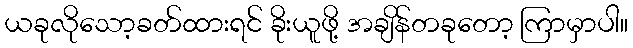
ယခုလိုသော့ခတ်ထားရင် ခိုးယူဖို့ အချိန်တခုတော့ ကြာမှာပါ။